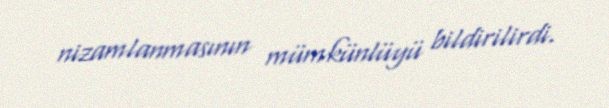
nizamlanmasının mümkünlüyü bildirilirdi.